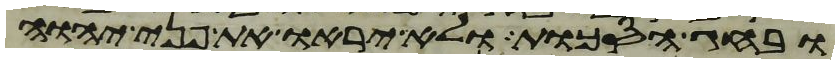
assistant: ובחג הסכות ולא יראו את פני יהוה